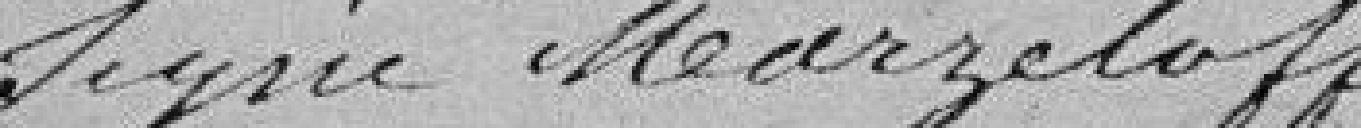
signé Marzeloff.